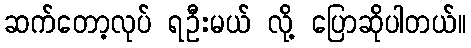
ဆက်တော့လုပ် ရဦးမယ် လို့ ပြောဆိုပါတယ်။